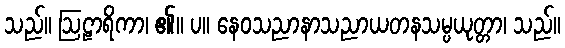
သည်။ ဩဠာရိကာ၊ ၏။ ပ။ နေဝသညာနာသညာယတနသမ္ပယုတ္တာ၊ သည်။